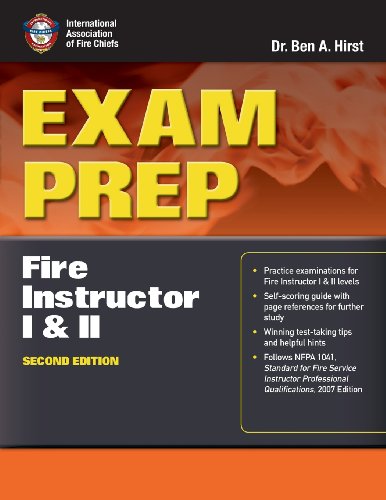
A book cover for Exam Prep: Fire Instructor I  &  II (Exam Prep: Fire Instructor 1 & 2); Dr.  Ben Hirst, Performance Training Systems; Test Preparation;